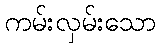
ကမ်းလှမ်းသော